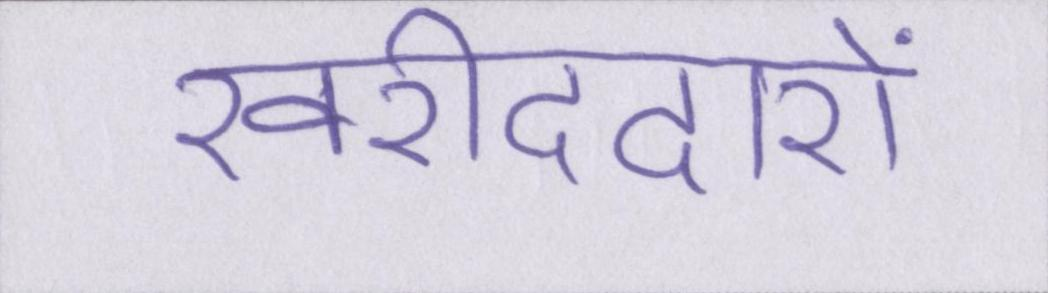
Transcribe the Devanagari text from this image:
खरीददारों